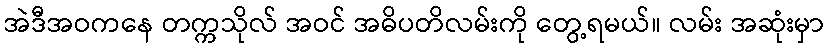
အဲဒီအဝကနေ တက္ကသိုလ် အဝင် အဓိပတိလမ်းကို တွေ့ရမယ်။ လမ်း အဆုံးမှာ